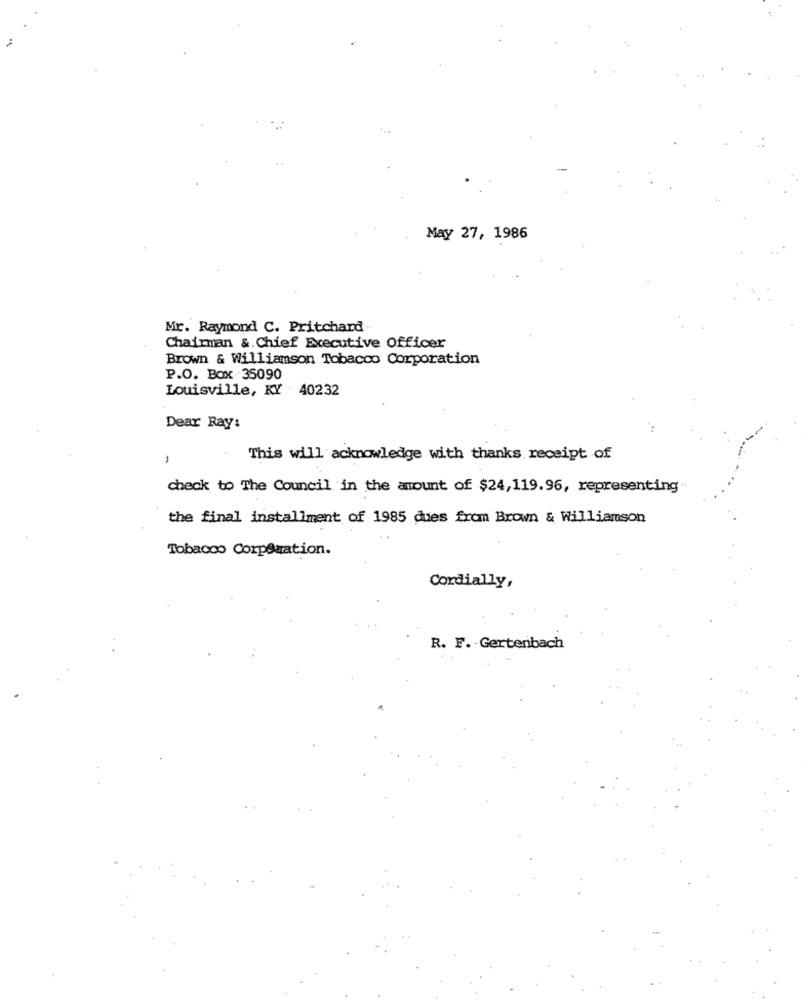
May 27, 1986
Mr. Raymond C. Pritchard
Chairman &. Chief Executive Officer
Brown & Williamson Tobacco Corporation
P.O. Box 35090
Louisville, KY 40232
Dear Ray:
,
This will acknowledge with thanks receipt of
check to The Council in the amount of $24,119.96, representing
the final installment of 1985 dues from Brown & Williamson
Tobacco CorpSaation.
Cordially,
R. F. Gertenbach